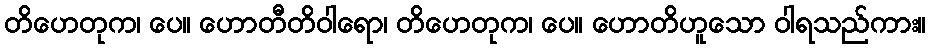
တိဟေတုက၊ ပေ။ ဟောတီတိဝါရော၊ တိဟေတုက၊ ပေ။ ဟောတိဟူသော ဝါရသည်ကား။